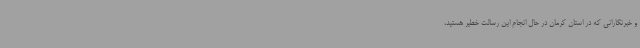
و خبرنگارانی که در استان کرمان در حال انجام این رسالت خطیر هستید،